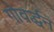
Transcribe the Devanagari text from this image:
गोवर्द्धन